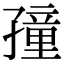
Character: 𡦜